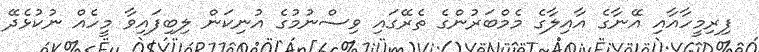
ފިރިމީހާއާއި އޭނާގެ އާއިލާގެ މެމްބަރުންގެ ތެރޭގައި ވިސްނުމުގެ އުނިކަން ލިބިފައިވާ މީހެއް ނުކުޅެދޭ